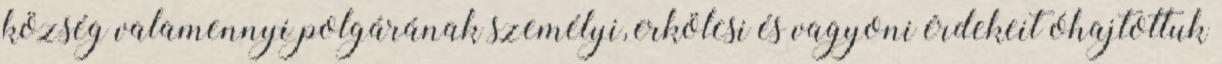
község valamennyi polgárának személyi, erkölcsi és vagyoni érdekeit óhajtottuk